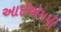
આઈએમપી